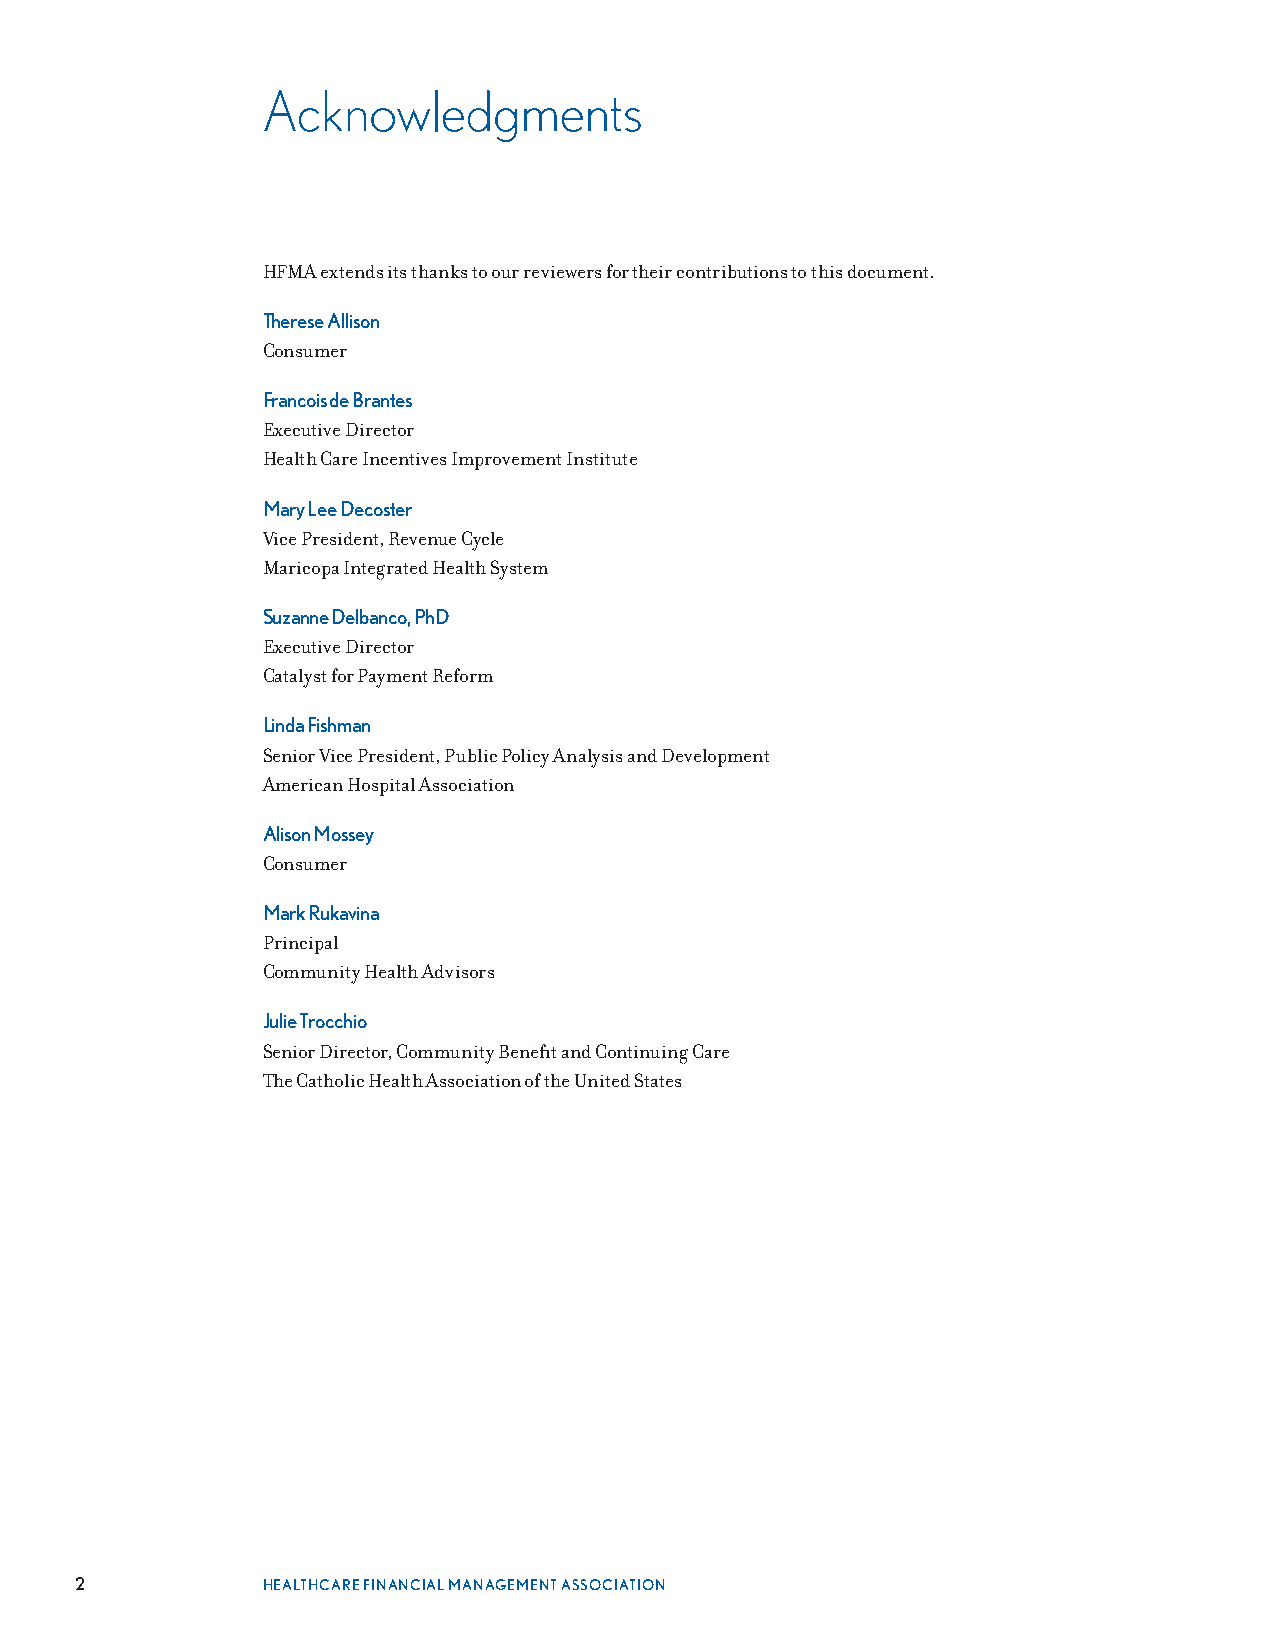
Acknowledgments
 HFMA extends its thanks to our reviewers for their contributions to this document .
 Therese Allison
 Consumer
 Francois de Brantes
 Executive Director
 Health Care Incentives Improvement Institute
 Mary Lee Decoster
 Vice President, Revenue Cycle
 Maricopa Integrated Health System
 Suzanne Delbanco, PhD
 Executive Director
 Catalyst for Payment Reform
 Linda Fishman
 Senior Vice President, Public Policy Analysis and Development
 American Hospital Association
 Alison Mossey
 Consumer
 Mark Rukavina
 Principal
 Community Health Advisors
 Julie Trocchio
 Senior Director, Community Benefit and Continuing Care
 The Catholic Health Association of the United States
 2           HEALTHCARE FINANCIAL MANAGEMENT ASSOCIATION